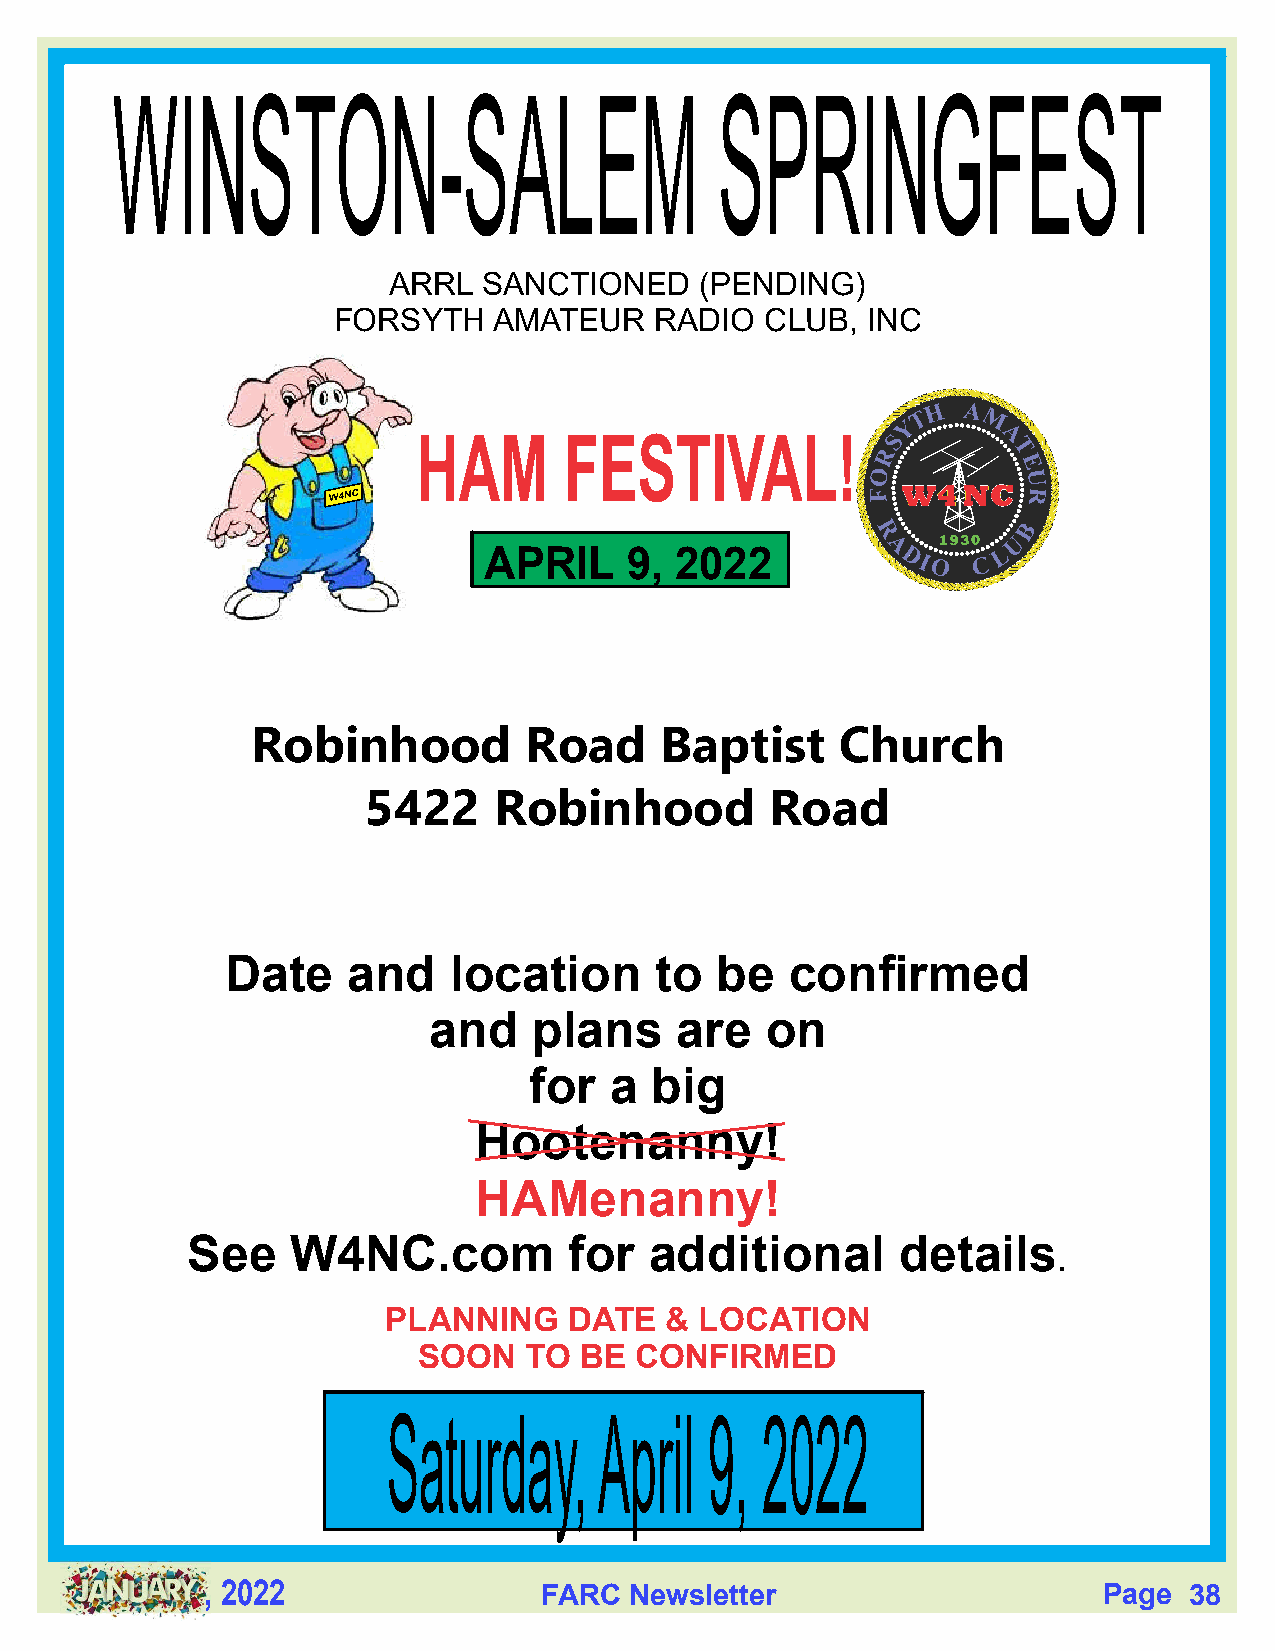
ARRL  SANCTIONED    (PENDING)
 FORSYTH    AMATEUR   RADIO   CLUB, INC
 HAM      FESTIVAL!
 APRIL    9,  2022
 Robinhood         Road     Baptist     Church
 5422     Robinhood         Road
 Date    and    location     to  be   confirmed
 and    plans     are   on
 for  a  big
 Hootenanny!
 HAMenanny!
 See    W4NC.com           for  additional       details
 .
 PLANNING     DATE  & LOCATION
 SOON   TO BE  CONFIRMED
 Saturday,     April  9, 2022
 , 2022                FARC  Newsletter                     Page  38